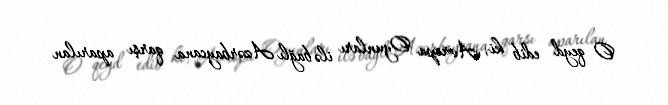
O qeyd edib ki, Avropa Oyunları ilə bağlı Azərbaycana qarşı aparılan